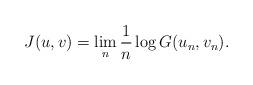
LaTeX: \begin{align*}J(u,v) = \lim_n\frac{1}{n}\log G(u_n,v_n). \end{align*}